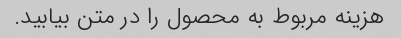
هزینه مربوط به محصول را در متن بیابید.